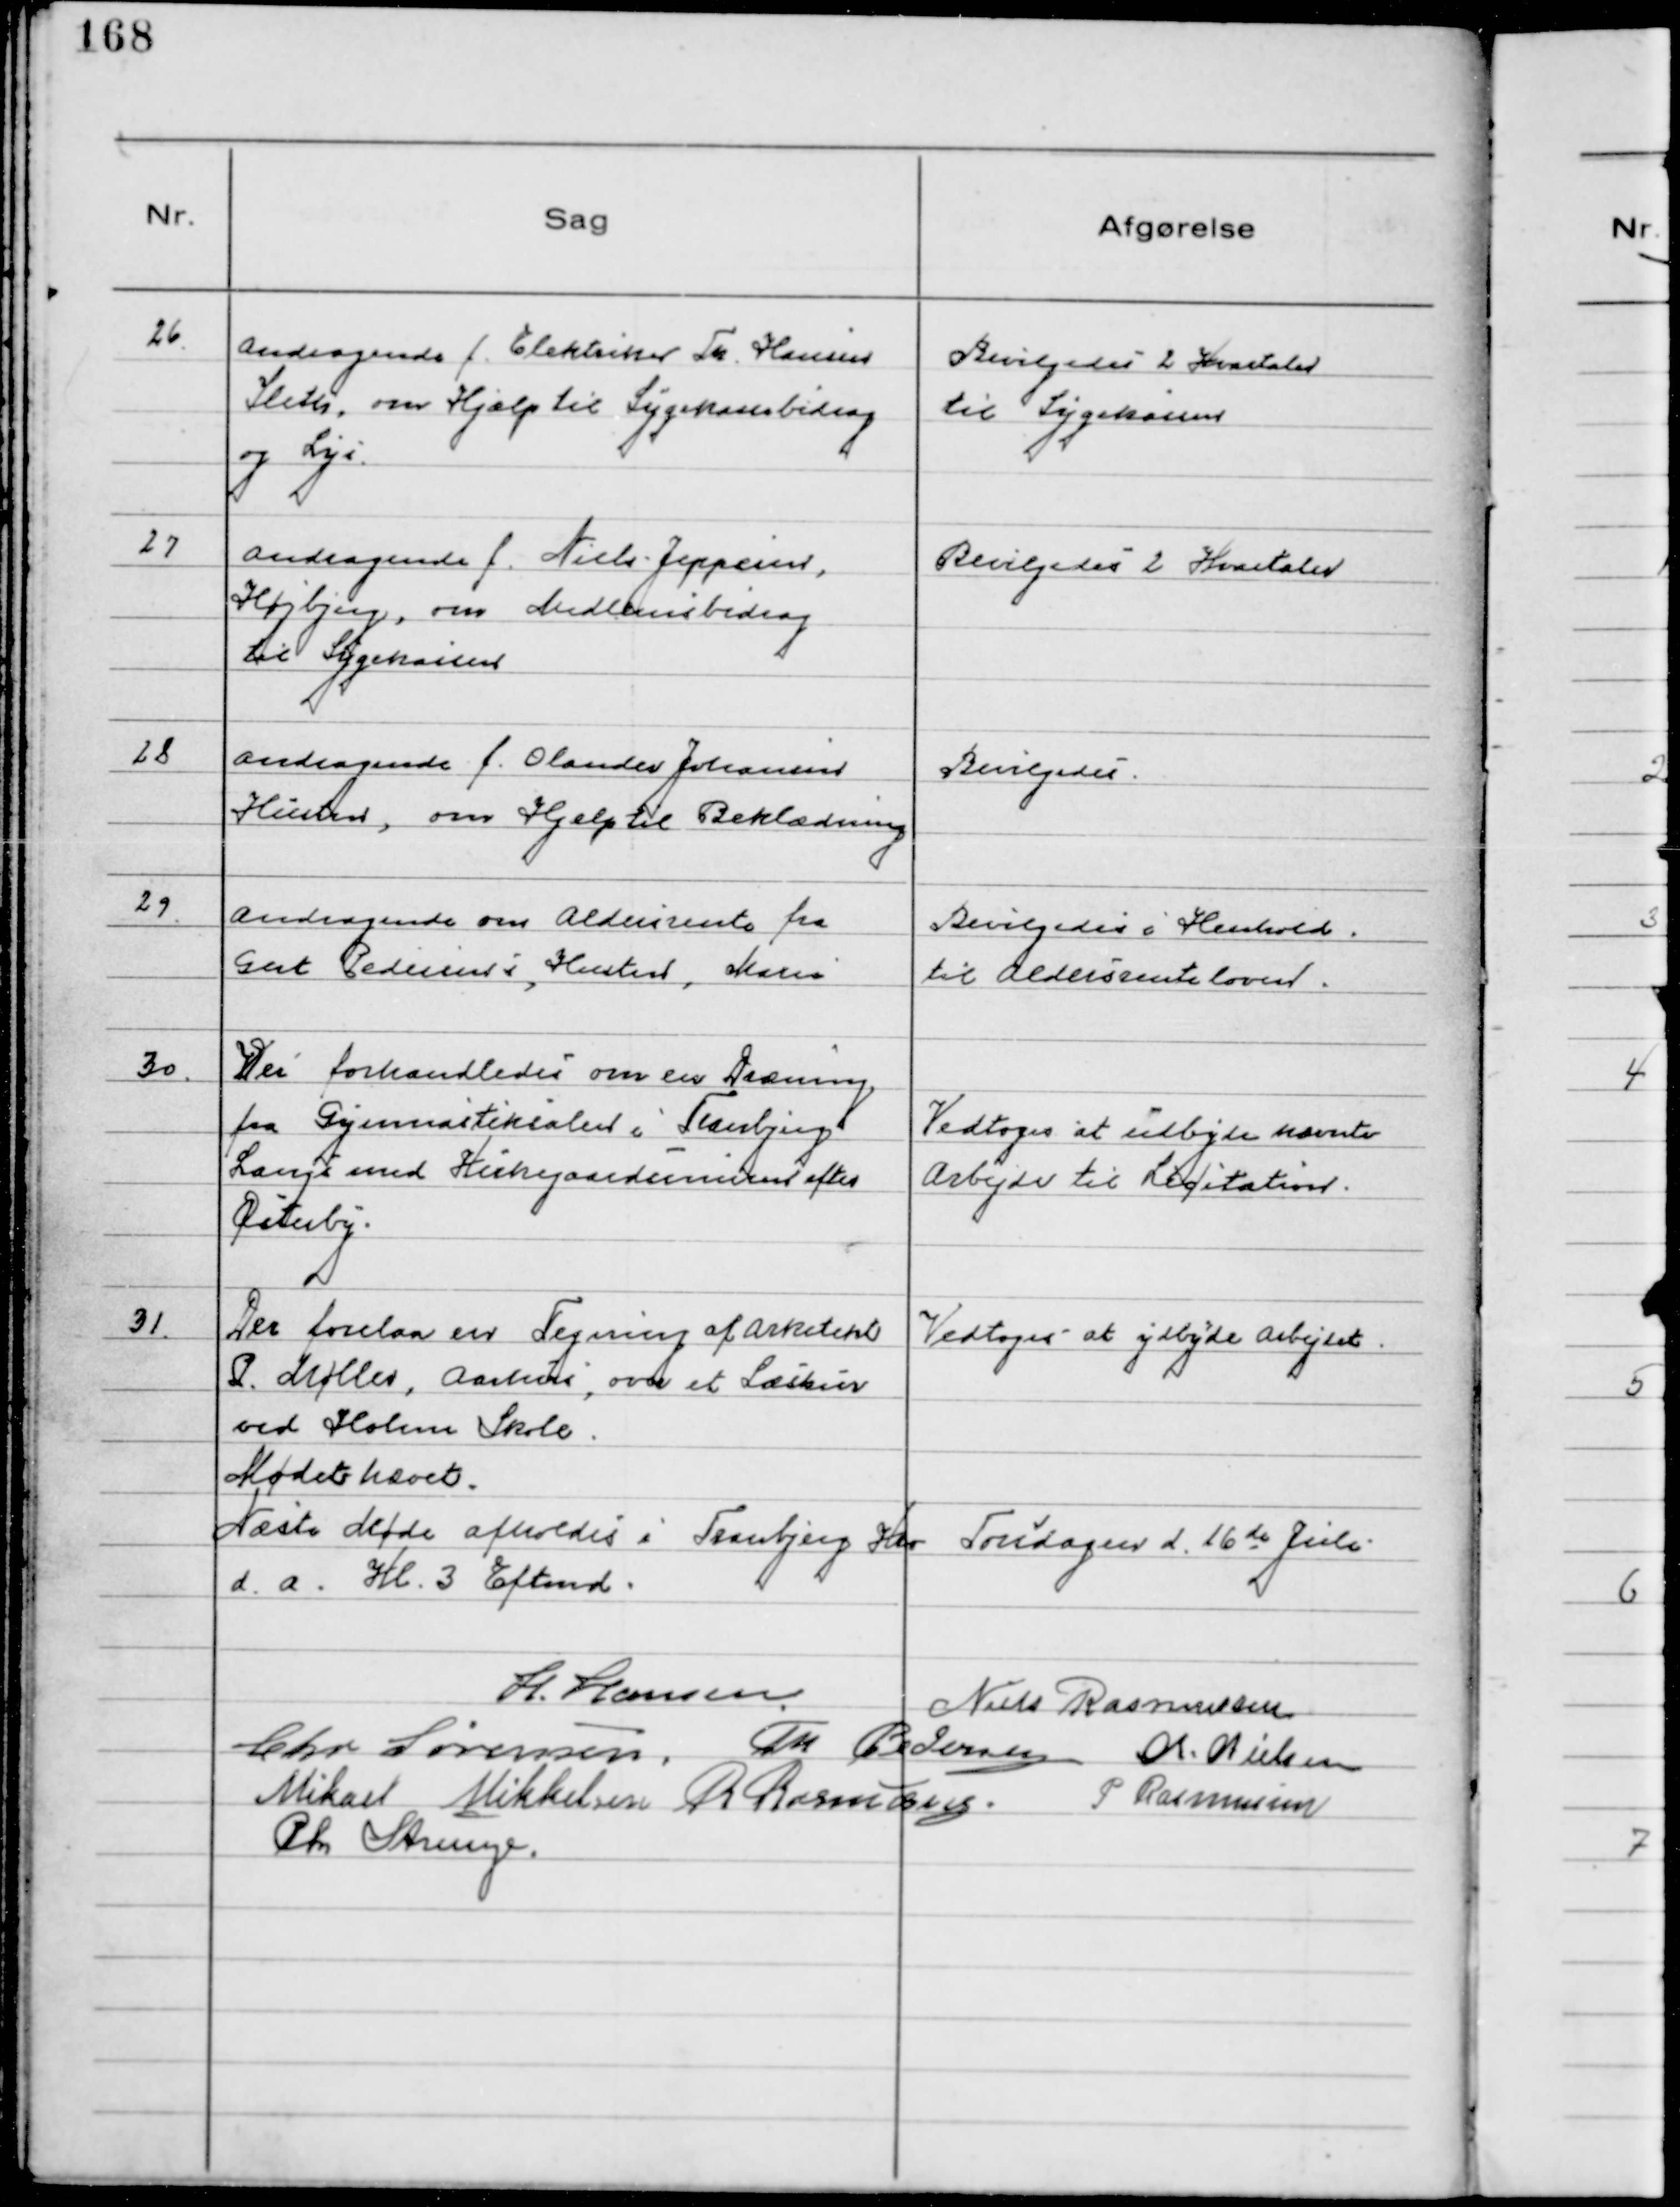
Transskription:
26.
Andragende f. Elektriker Th. Hansen
Sleth, om Hjælp til Sygekassebidrag 
og Lys.

Bevilgedes 2 Kvartaler
til Sygekassen

27
Andragende f. Niels Jeppesen,
Højbjerg, om Medlemsbidrag
til Sygekassen

Bevilgedes 2 Kvartaler

28
Andragende f. Olander Johansens
Hustru, om Hjælp til Beklædning

Bevilgedes.

29.
Andragende om Aldersrente fra
Gert Pedersens, Hustru, Maria

Bevilgedes i Henhold
til Aldersrenteloven.

30.
Der forhandledes om en Dræning
fra Gymnastiksalen i Tranbjerg
Langs med Kirkegaardsmuren efter
Østerby.

Vedtoges at udbyde nævnte
Arbejde til Licitation.

31.
Der forelaa en Tegning af Arkitekt
P. Møller, Aarhus, over et Læskur
ved Holme Skole.

Vedtoges at ydbyde Arbejdet.

Mødet hævet.
Næste Møde afholdes i Tranbjerg Kro Torsdagen d. 16de Juli
d.a. Kl. 3 Eftmd.
H. Hansen
Niels Rasmussen
Chr. Sørensen Th Pedersen Chr. Nielsen
Mikael Mikkelsen R Rasmussen
P Rasmussen
Chr Strunge.